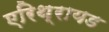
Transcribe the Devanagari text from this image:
एरिथ्रायड